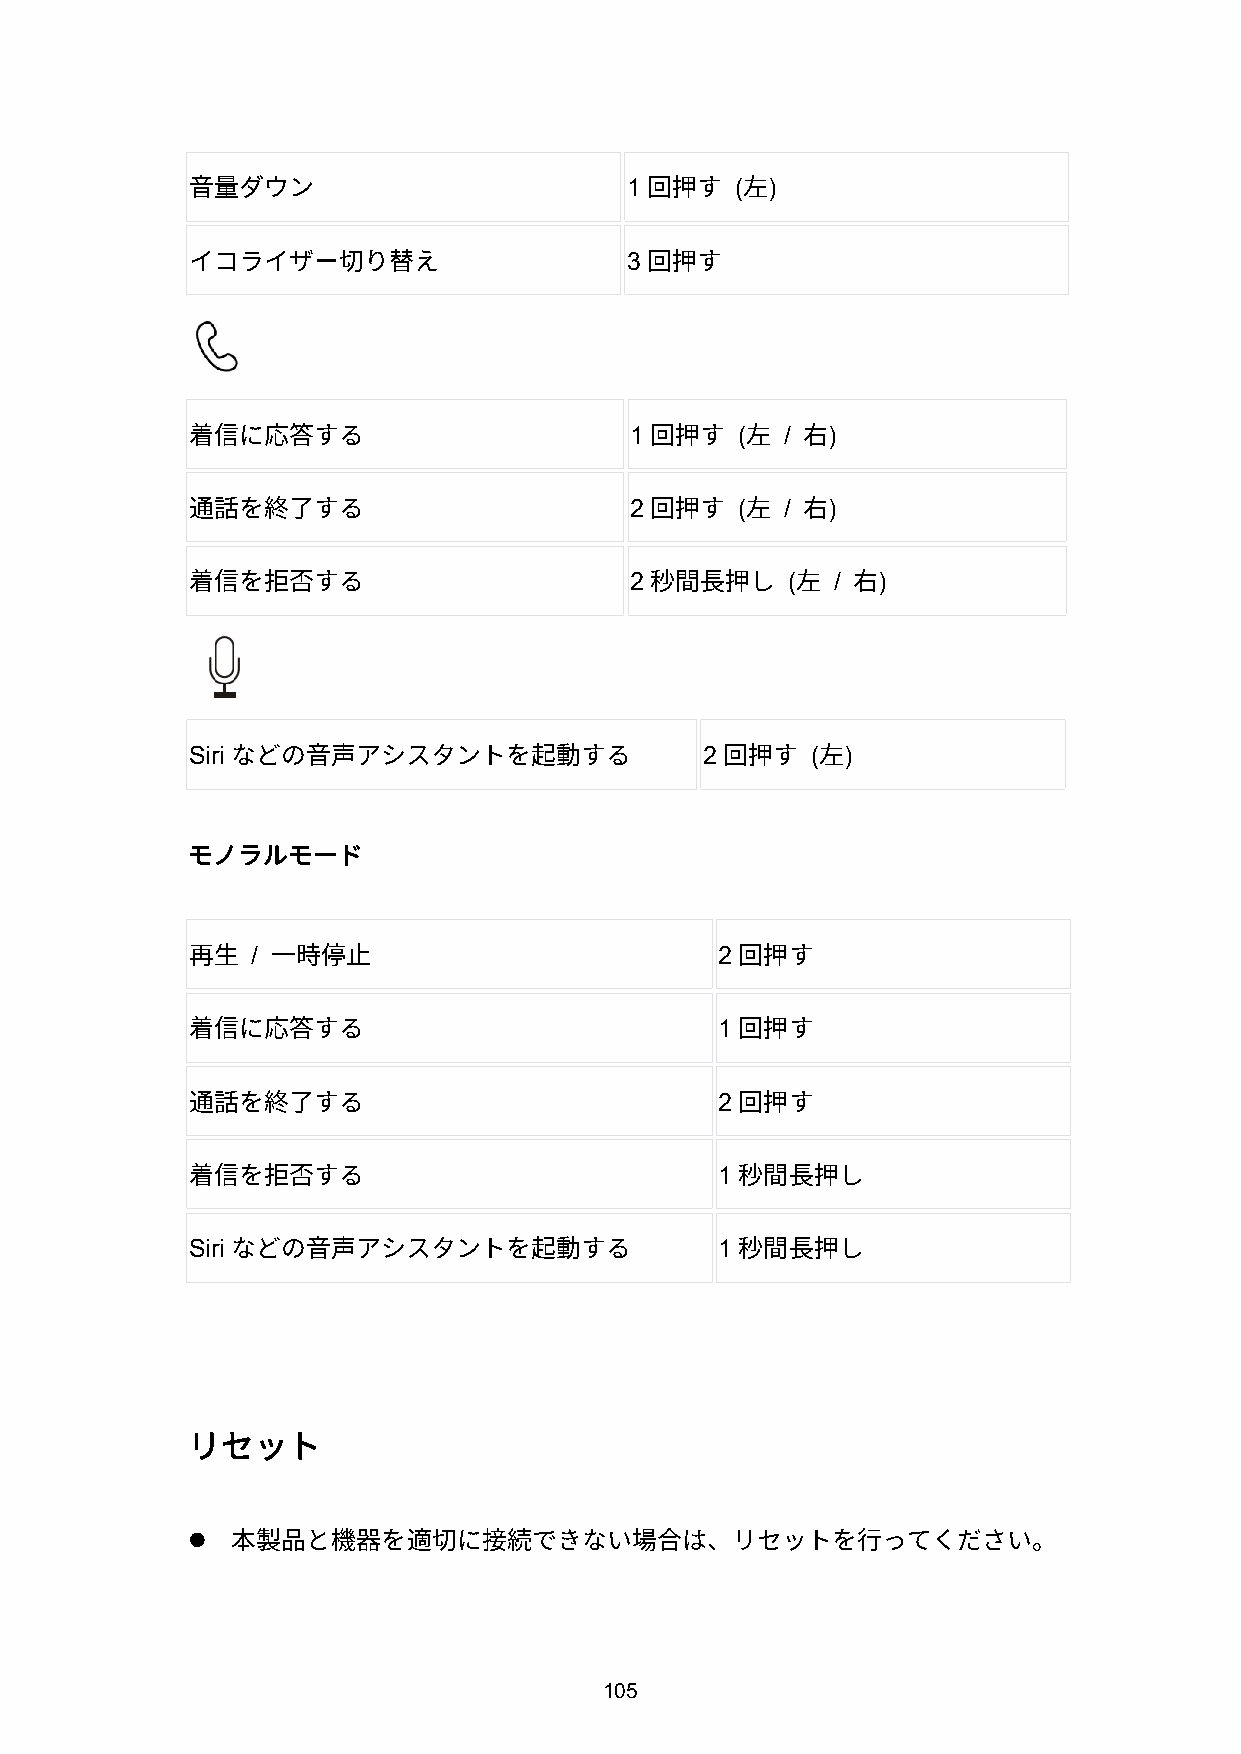
1       ( )
 音量ダウン                          回押す   左
 3
 イコライザー切り替え                     回押す
 1      (  /  )
 着信に応答する                        回押す   左   右
 2      (  /  )
 通話を終了する                        回押す   左   右
 2         (  /  )
 着信を拒否する                        秒間長押し     左  右
 Siri                               2      ( )
 などの音声アシスタントを起動する                 回押す   左
 モノラルモード
 /                              2
 再生    一時停止                           回押す
 1
 着信に応答する                              回押す
 2
 通話を終了する                              回押す
 1
 着信を拒否する                              秒間長押し
 Siri                                1
 などの音声アシスタントを起動する                  秒間長押し
 リセット
 
 本製品と機器を適切に接続できない場合は、リセットを行ってください。
 105